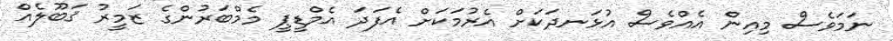
ނަމަވެސް މިއިން އެއްވެސް އުޅަނދަކަށް އެރުމަކަށް އެފަދަ އެމްޑީޕީ މެމްބަރުންގެ ޒަމީރު ޤަބޫލެއް